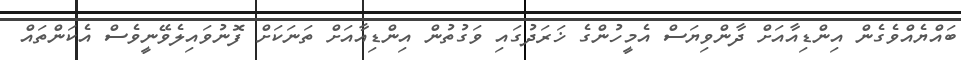
ބައްޔެއްވެގެން އިންޑިއާއަށް ދާންވިޔަސް އެމީހުންގެ ޚަރަދުގައި ވަގުތުން އިންޑިއާއަށް ތަނަކަށް ފޮނުވައިލެވޭނީވެސް އެކަންތައް